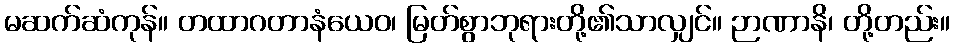
မဆက်ဆံကုန်။ တထာဂတာနံယေဝ၊ မြတ်စွာဘုရားတို့၏သာလျှင်။ ဉာဏာနိ၊ တို့တည်း။